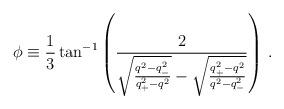
LaTeX: \begin{align*}\phi\equiv\frac{1}{3}\tan^{-1}\left(\frac{2}{\sqrt{\frac{q^2-q_-^2}{q_+^2-q^2}}-\sqrt{\frac{q_+^2-q^2}{q^2-q_-^2}}}\right)\,.\end{align*}